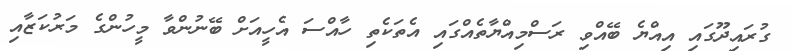
ގުރައިދޫގައި އިއްޔެ ބޭއްވި ރަސްމިއްޔާތެއްގައި އެތަކެތި ހާއްސަ އެހީއަށް ބޭނުންވާ މީހުންގެ މަރުކަޒާއި